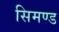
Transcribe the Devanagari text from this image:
सिमण्ड